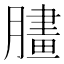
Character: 䐸